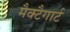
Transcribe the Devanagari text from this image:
मैक्टैगार्ट